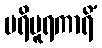
ပရိပူရကာရိံ